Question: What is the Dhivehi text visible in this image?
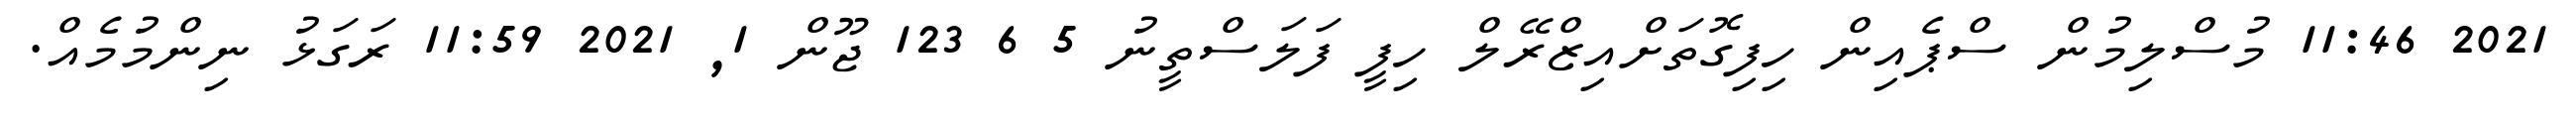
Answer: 2021 11:46 މުސްލިމުން ސްޕެއިން ހިފިގޮތަށްއިޒްރޭލް ހިފީ ފަލަސްތީނު 5 6 123 ޖޫން 1, 2021 11:59 ރަގަޅު ނިންމުމެއް.